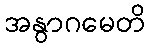
အနွာဂမေတိ